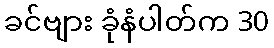
ခင်ဗျား ခုံနံပါတ်က 30